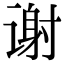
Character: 谢